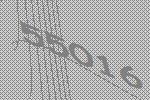
55016